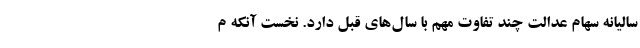
سالیانه سهام عدالت چند تفاوت مهم با سال‌های قبل دارد. نخست آنکه م